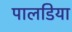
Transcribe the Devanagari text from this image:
पालडिया